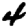
Digit: 4